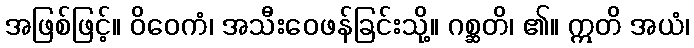
အဖြစ်ဖြင့်။ ဝိဝေကံ၊ အသီးဝေဖန်ခြင်းသို့။ ဂစ္ဆတိ၊ ၏။ ဣတိ အယံ၊